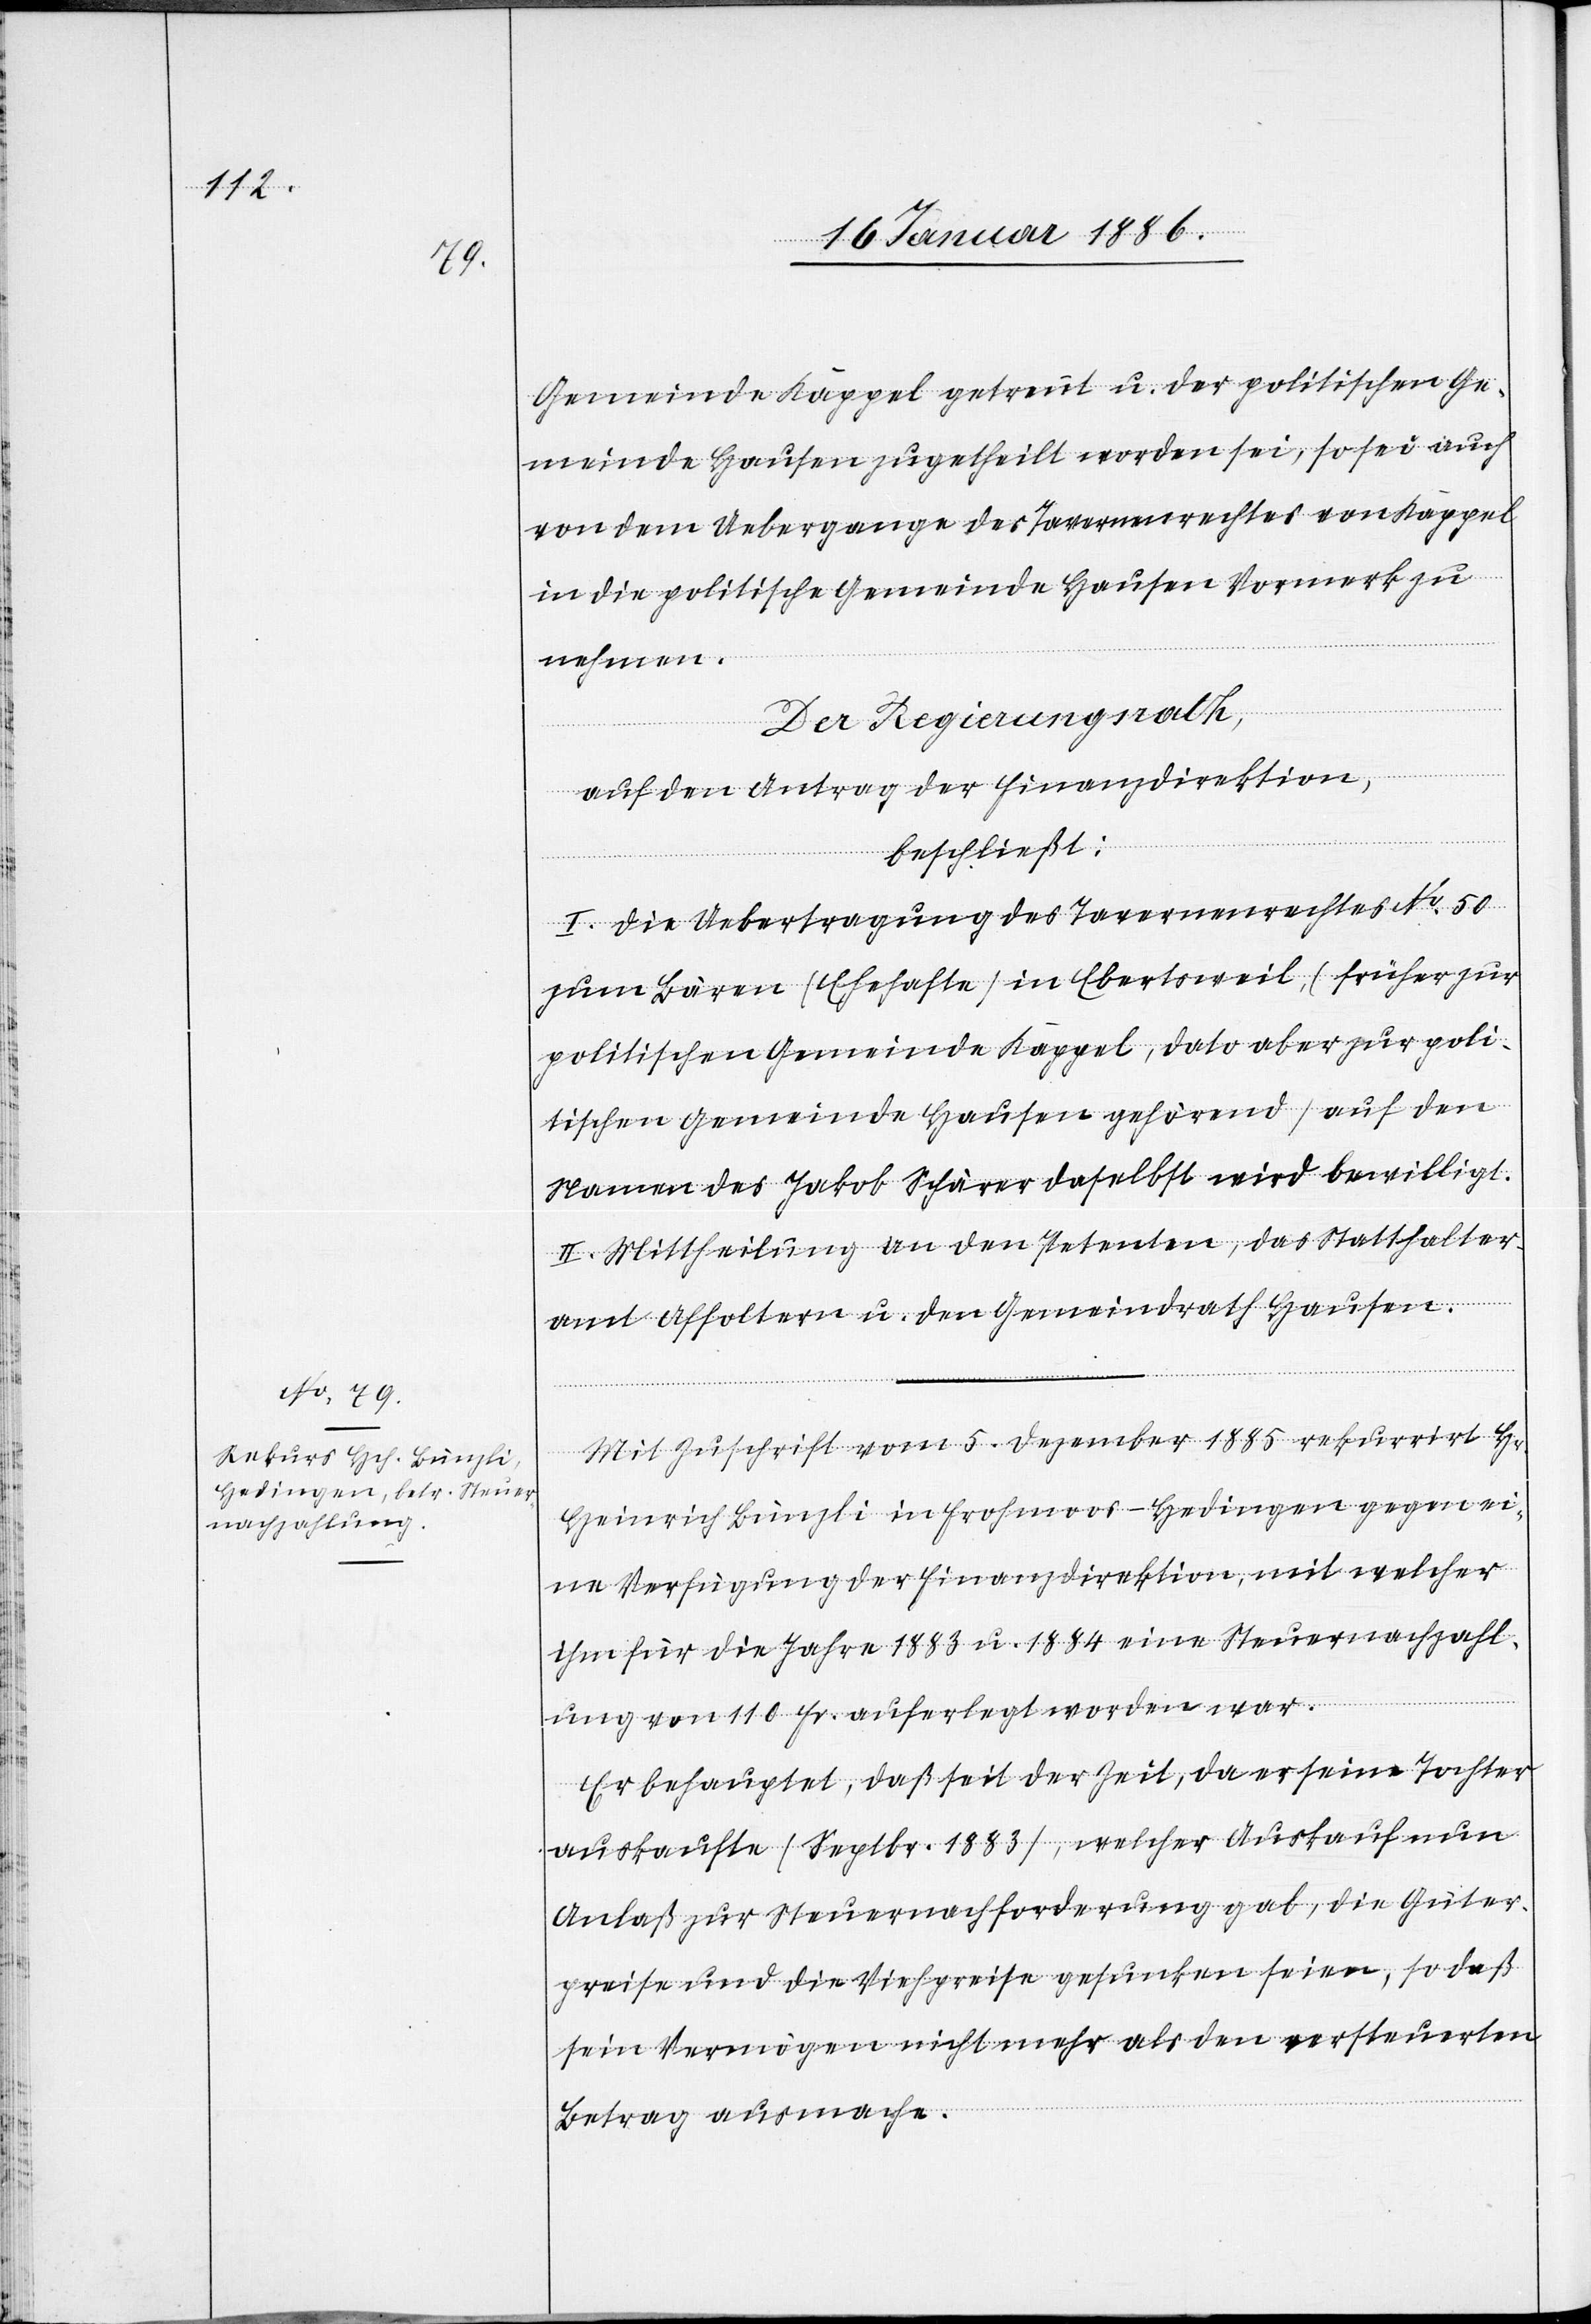
Gemeinde Kappel getrennt u. der politischen Ge¬
meinde Hausen zugetheilt worden sei, so sei auch
von dem Uebergange des Tavernenrechtes von Kappel
in die politische Gemeinde Hausen Vormerk zu
nehmen.
Der Regierungsrath,
auf den Antrag der Finanzdirektion,
beschließt:
I. Die Uebertragung des Tavernenrechtes No. 50
zum Bären (Ehehafte) im Ebertsweil (früher zur
politische Gemeinde Kappel, dato aber zur poli¬
tischen Gemeinde Hausen gehörend) auf den
Namen des Jakob Schärer daselbst wird bewilligt.
II. Mittheilung an den Petenten, das Statthalter¬
amt Affoltern u. den Gemeindrath Hausen.
Mit Zuschrift vom 5. Dezembr 1885 rekurrirt H.
Heinrich Bünzli in Frohmoos - Hedingen gegen ei¬
ne Verfügung der Finanzdirektion, mit welcher
ihm für die Jahre 1883 u. 1884 eine Steuernachzahl¬
ung von 110 Fr. auferlegt worden war.
Er behauptet, daß seit der Zeit, da er seine Tochter
auskaufte (Septbr. 1883), welcher Auskauf nun
Anlaß zur Steuernachforderung gab, die Güter¬
preise und die Viehpreise gesunken seien, sodaß
sein Vermögen nicht mehr als den versteuerten
Betrag ausmache.